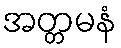
အတ္တမနံ